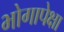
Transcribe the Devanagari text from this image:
भोगापेक्षा